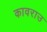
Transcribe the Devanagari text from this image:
कावराउ